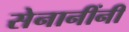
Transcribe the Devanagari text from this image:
सेनानींनी